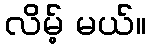
လိမ့် မယ်။